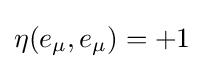
\eta (e_{\mu },e_{\mu })=+1